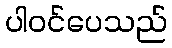
ပါဝင်ပေသည်